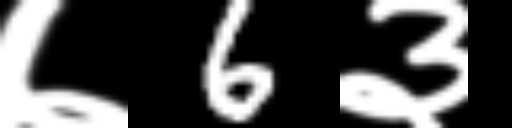
Text: ७6३